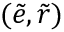
( \tilde { e } , \tilde { r } )